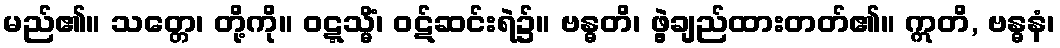
မည်၏။ သတ္တေ၊ တို့ကို။ ဝဋ္ဋသ္မိံ၊ ဝဋ်ဆင်းရဲ၌။ ဗန္ဓတိ၊ ဖွဲ့ချည်ထားတတ်၏။ ဣတိ, ဗန္ဓနံ၊